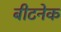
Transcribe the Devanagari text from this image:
बीटनेक